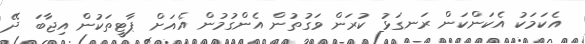
އެކަމަކު އެކަންކަން ރަނގަޅު ކުރަން ވަގުތުން އެންގުމުން އެއަށް ޕާޓީތަކުން އިޖާބަ ދޭ